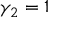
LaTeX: \gamma _ { 2 } = 1